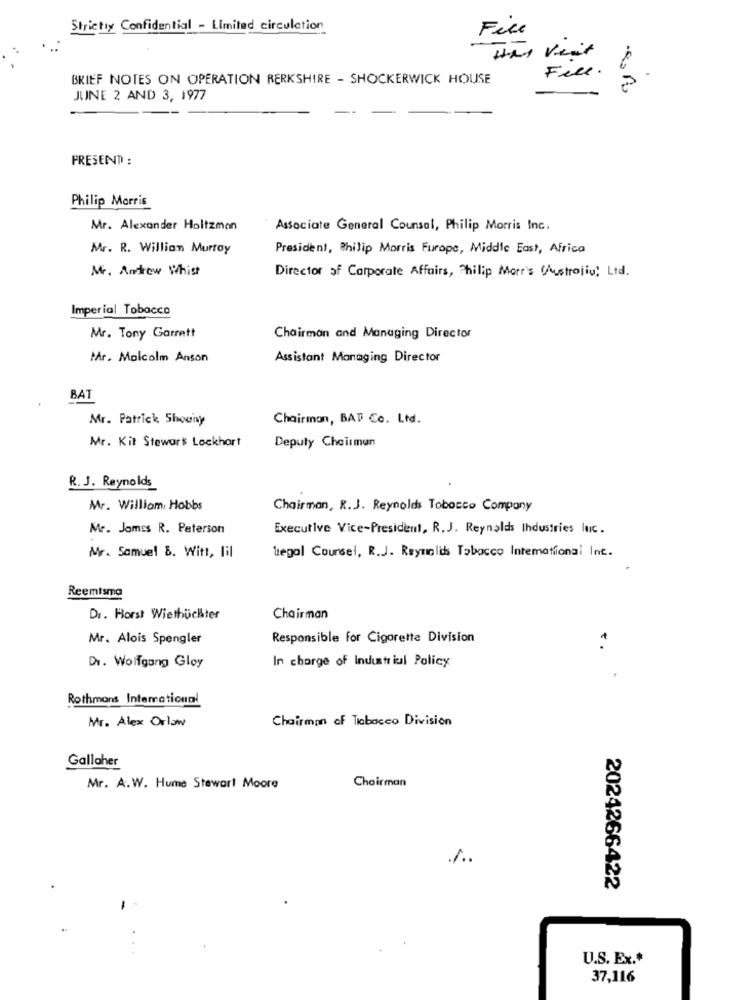
Strictly Confidential - Limited circulation
File
Hat Vent
BRIEF NOTES ON OPERATION BERKSHIRE - SHOCKERWICK HOUSE
Feel.
JUNE 2 AND 3, 1977
PRESENT :
Philip Morris
Mr. Alexander Holtzmon
Associate General Counsel, Philip Morris Inc.
Mr. R. Willian Murray
President, Philip Morris Europe, Middle East, Africa
Mr. Andrew Whist
Director of Corporate Affairs, Chilip Morr's (Austrojiu, Ltd.
Imperial Tobacco
Mr. Tony Garrett
Chairman and Managing Director
PÅr. Malcolm Anson
Assistant Managing Director
BAT
Mr. Patrick Showny
Chairman, BAT Co. Ltd.
Mr. Kit Stewart Lockhart
Deputy Chairman
R. J. Reynolds
Mr. William Hobbs
Chairman, R.J. Reynolds Tobacco Company
Mr. James R. Peterson
Executive Vice-President, R. J. Reynolds Industries luc.
Mr. Samuel 8. Witt, lil
legal Counsel, R.J. Reynolds Tobacco International Inc.
Reemtsma
Dr. Horst Wiethüchter
Chairman
Mr. Alois Spengler
Responsible for Cigarette Division
In charge of Industrial Policy
Dr. Wolfgang Gloy
Rothmans Intemational
Mr. Alex Orlaw
Chairman of Tabacco Division
Gallaher
Choirman
Mr. A.W. Hume Stewart Moore
2024266422
U.S. Ex.+
37,116